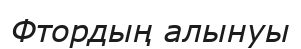
Фтордың алынуы